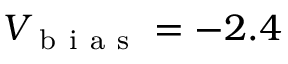
V _ { \mathrm { ~ b ~ i ~ a ~ s ~ } } = - 2 . 4